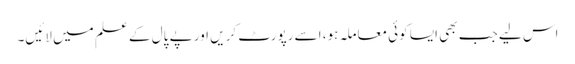
اس لیے جب بھی ایسا کوئی معاملہ ہو، اسے رپورٹ کریں اور پے پال کے علم میں لائیں۔